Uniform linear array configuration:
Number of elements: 64
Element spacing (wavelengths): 0.25
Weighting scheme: kaiser
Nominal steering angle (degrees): -60
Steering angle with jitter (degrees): -61.736
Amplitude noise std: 0.05
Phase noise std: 0.05

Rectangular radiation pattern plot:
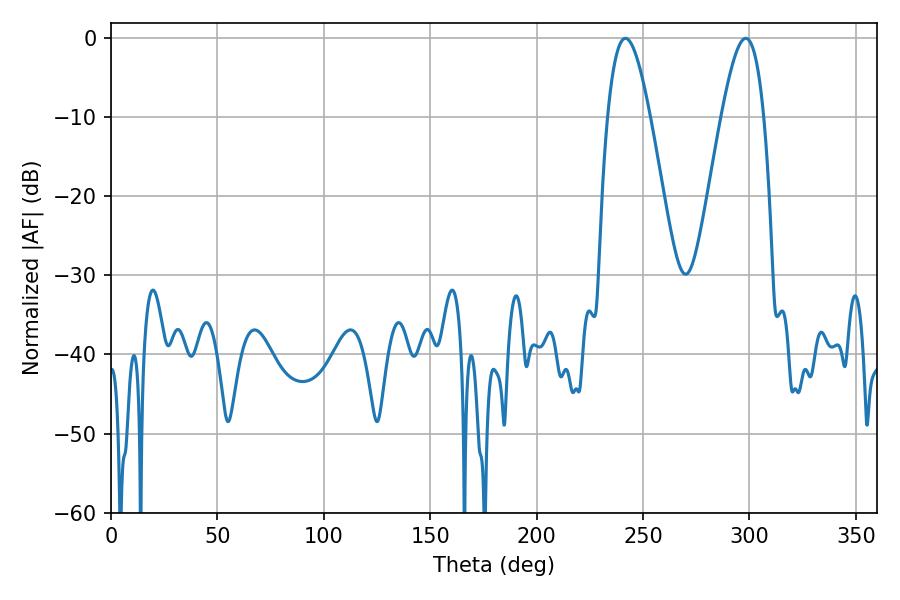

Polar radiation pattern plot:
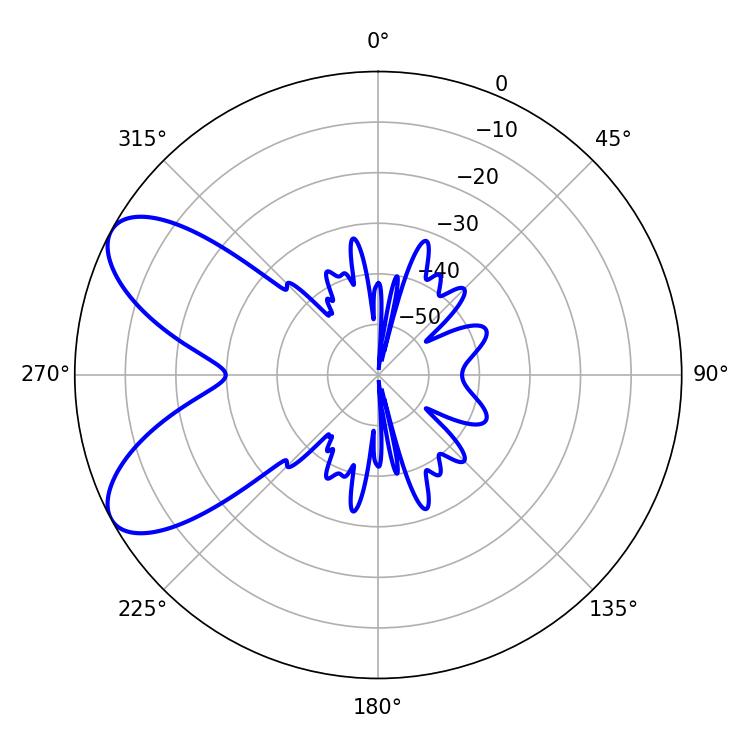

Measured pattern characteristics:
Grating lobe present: FALSE
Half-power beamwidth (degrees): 10.8
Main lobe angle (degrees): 241.74